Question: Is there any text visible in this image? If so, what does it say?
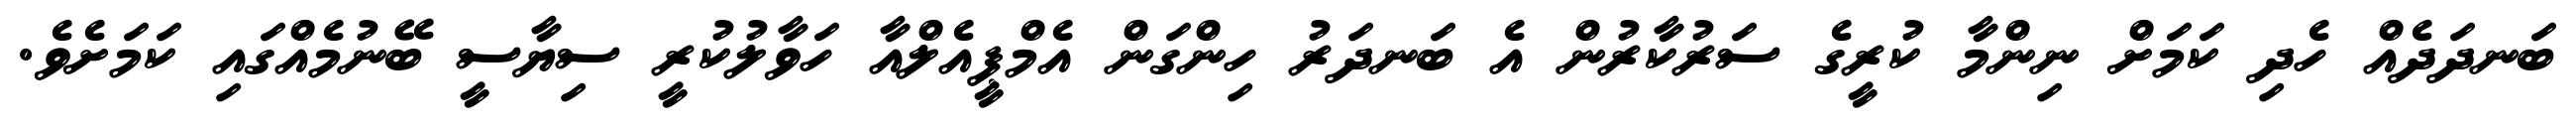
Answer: ބަނދަދެއް ހެދި ކަމަށް ނިންމާ ކުރީގެ ސަރުކާރުން އެ ބަނދަރު ހިންގަން އެމްޕީއެލްއާ ހަވާލުކުރީ ސިޔާސީ ބޭނުމެއްގައި ކަމަށެވެ.